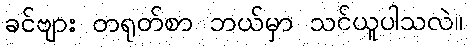
ခင်ဗျား တရုတ်စာ ဘယ်မှာ သင်ယူပါသလဲ။